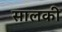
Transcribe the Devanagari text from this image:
सालकी